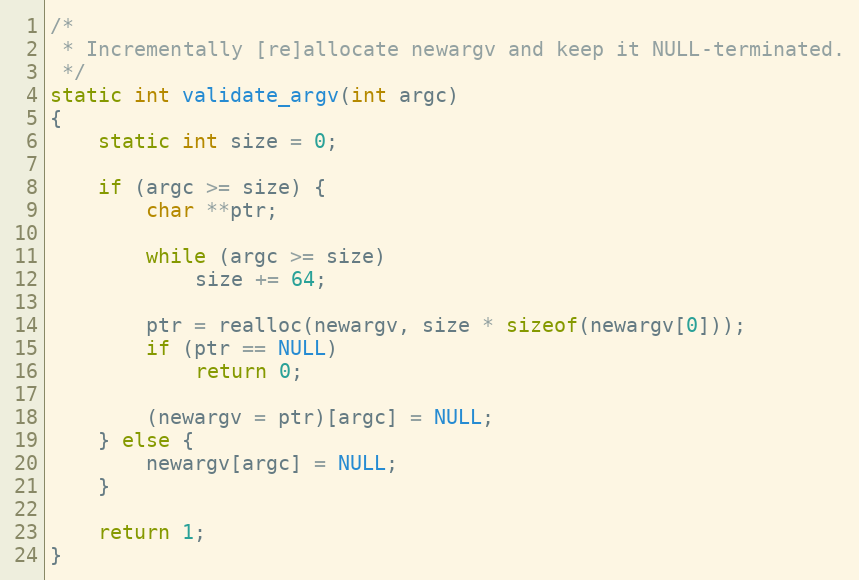
Language: C
/*
 * Incrementally [re]allocate newargv and keep it NULL-terminated.
 */
static int validate_argv(int argc)
{
    static int size = 0;

    if (argc >= size) {
        char **ptr;

        while (argc >= size)
            size += 64;

        ptr = realloc(newargv, size * sizeof(newargv[0]));
        if (ptr == NULL)
            return 0;

        (newargv = ptr)[argc] = NULL;
    } else {
        newargv[argc] = NULL;
    }

    return 1;
}